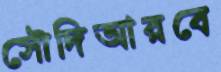
সৌদিআরবে